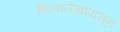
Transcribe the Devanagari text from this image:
शिलालेखांपासून